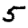
Digit: 5